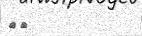
١١